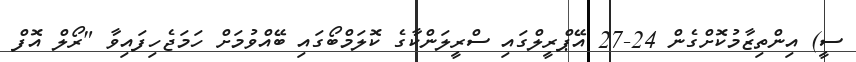
ސީ) އިންތިޒާމުކޮށްގެން 24-27 އޭޕްރީލްގައި ސްރީލަންކާގެ ކޮލަމްބޯގައި ބޭއްވުމަށް ހަމަޖެހިފައިވާ "ރޯލް އޮފް